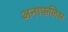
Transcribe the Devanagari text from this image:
अनाफलिस